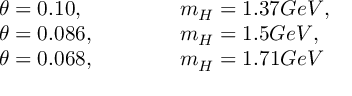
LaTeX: \begin{array} { l l } { { \theta = 0 . 1 0 , ~ ~ ~ ~ ~ ~ ~ ~ ~ } } & { { m _ { H } = 1 . 3 7 G e V , } } \\ { { \theta = 0 . 0 8 6 , ~ ~ ~ ~ ~ ~ ~ ~ ~ } } & { { m _ { H } = 1 . 5 G e V , } } \\ { { \theta = 0 . 0 6 8 , ~ ~ ~ ~ ~ ~ ~ ~ ~ } } & { { m _ { H } = 1 . 7 1 G e V } } \end{array}